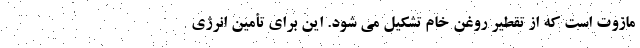
مازوت است که از تقطیر روغن خام تشکیل می شود. این برای تأمین انرژی